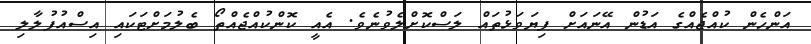
އަންހެން ކުއްޖެއްގެ އަޑުން އޭނައަށް ފިޔަވަޅުތައް ލަސްކޮށްލެވުނެވެ. އެއީ ކޮންކުއްޖެއްތޯ ބެލުމަށްޓަކައި އިސްއުފުލާލި